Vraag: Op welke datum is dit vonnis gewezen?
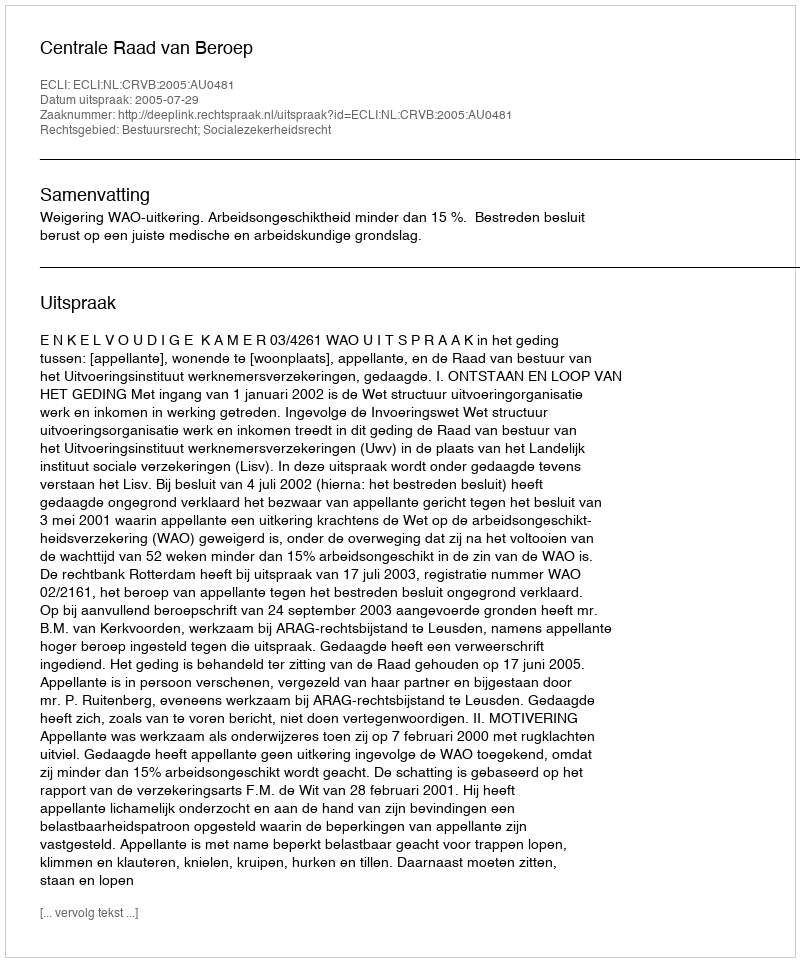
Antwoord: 2005-07-29